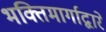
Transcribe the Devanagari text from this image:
भक्तिमार्गाद्वारे